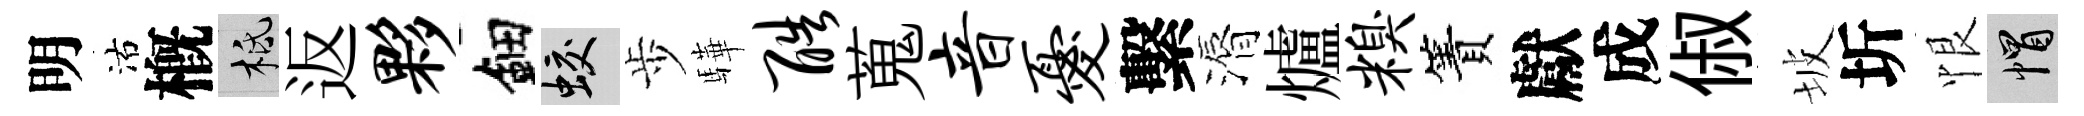
明沽槪柢返夥鈿蛟歩驊酷蒐音忧繫漘爐糗簀獻成俶坡圻恨帽